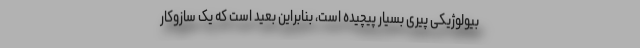
بیولوژیکی پیری بسیار پیچیده است، بنابراین بعید است که یک سازوکار